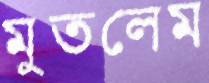
মুতলেম